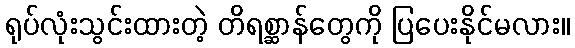
ရုပ်လုံးသွင်းထားတဲ့ တိရစ္ဆာန်တွေကို ပြပေးနိုင်မလား။